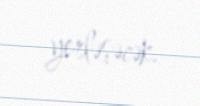
yerləşəcək.